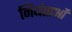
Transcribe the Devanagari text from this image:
नियंताओं